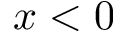
x < 0